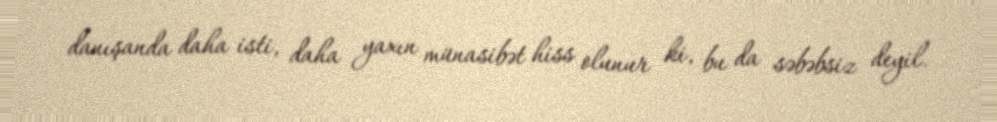
danışanda daha isti, daha yaxın münasibət hiss olunur ki, bu da səbəbsiz deyil.